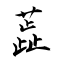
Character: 蕋